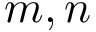
m , n